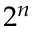
2 ^ { n }